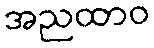
အညထာဝ